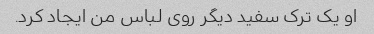
او یک ترک سفید دیگر روی لباس من ایجاد کرد.